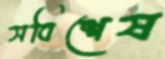
সবিশেষ